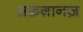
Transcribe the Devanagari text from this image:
अफ़ग़ानज़